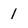
Character: 1